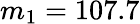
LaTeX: m_{1}=107.7